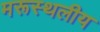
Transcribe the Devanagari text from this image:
मरूस्‍थलीय